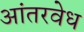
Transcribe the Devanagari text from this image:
आंतरवेध